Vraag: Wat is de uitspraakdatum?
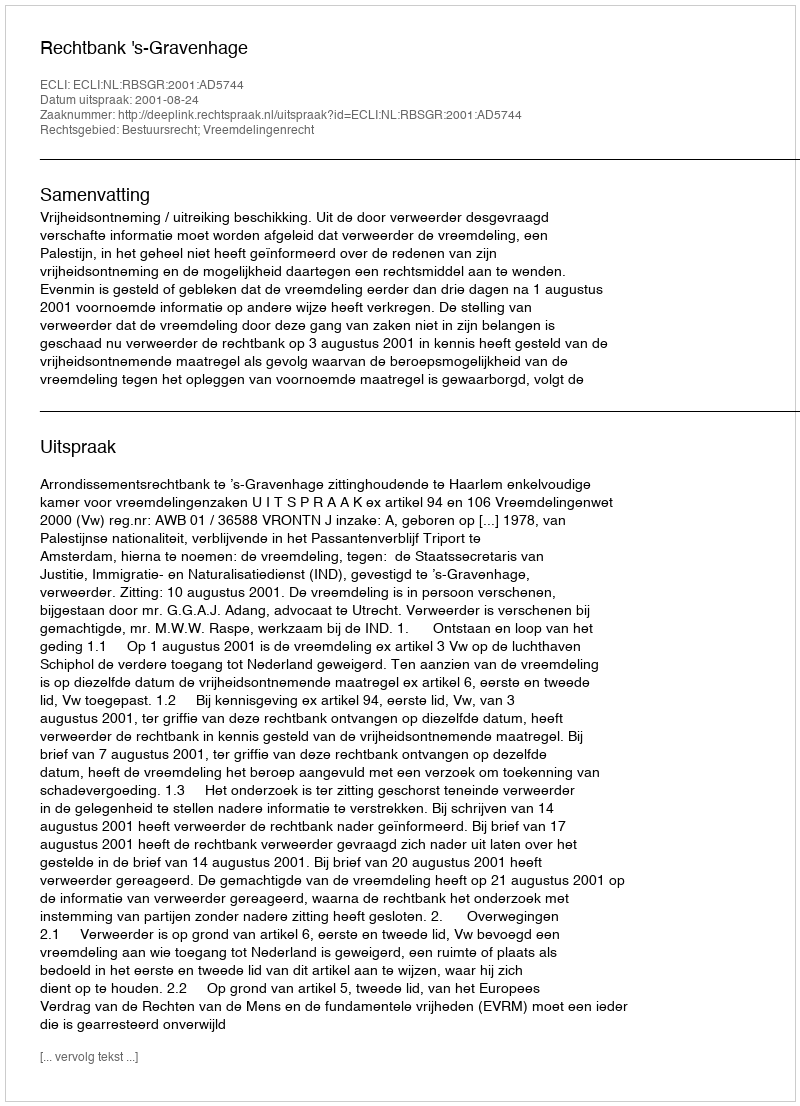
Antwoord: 2001-08-24